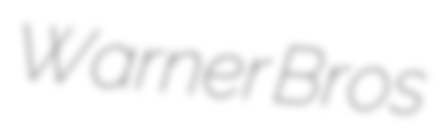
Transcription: Warner Bros